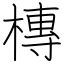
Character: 槫